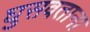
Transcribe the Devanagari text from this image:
घुसवताना